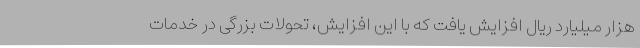
هزار میلیارد ریال افزایش یافت که با این افزایش، تحولات بزرگی در خدمات